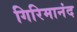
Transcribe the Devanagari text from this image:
गिरिमानंद